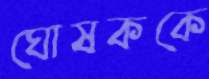
ঘোষককে